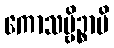
ကောသမ္ဗိဉ္စာပိ